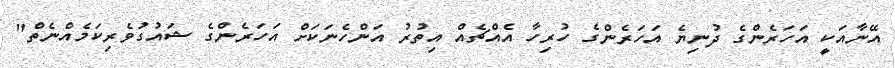
އޭނާއަކީ އަހަރެންގެ ދުނިޔެ އަހަރެންގެ ހުރިހާ އެއްޗެއް އިތުރު އަންހެނަކަށް އަހަރެންގެ ޝައުގުވެރިކަމެއްނެތް"